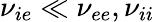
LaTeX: {\nu_{ie}}\ll{\nu_{ee}},{\nu_{ii}}